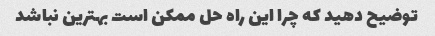
توضیح دهید که چرا این راه حل ممکن است بهترین نباشد